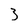
Character: 3